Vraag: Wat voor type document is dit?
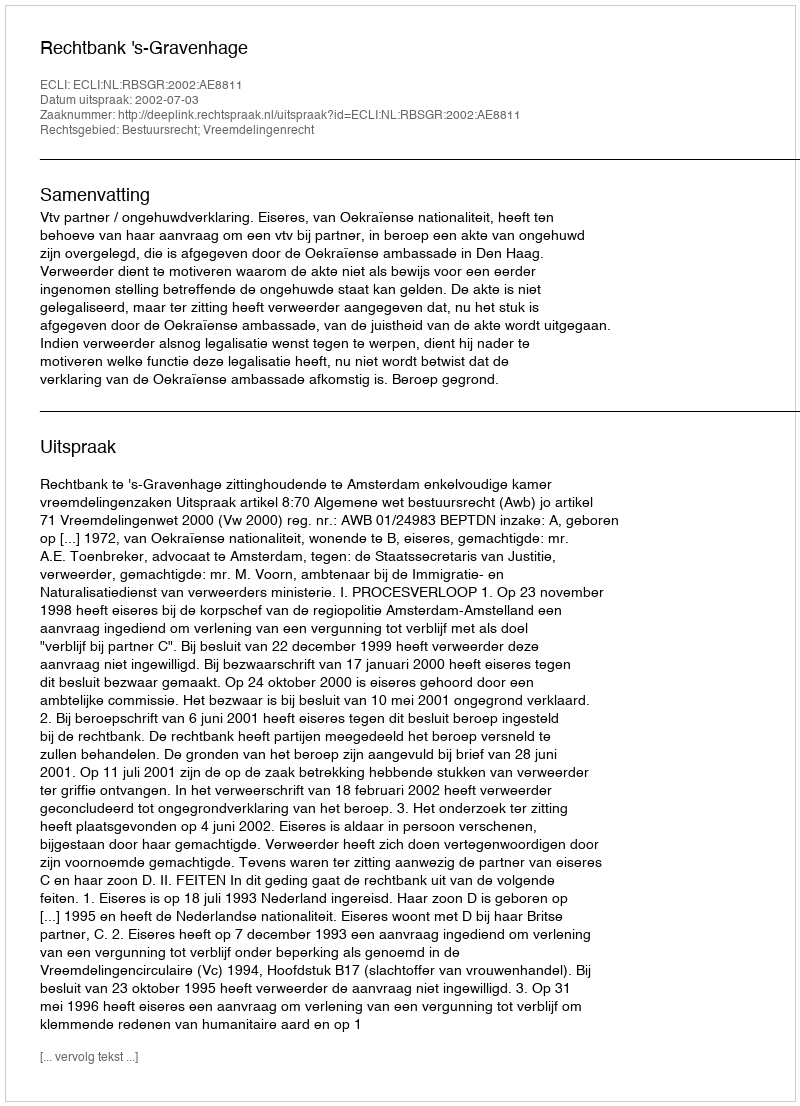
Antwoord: Uitspraak